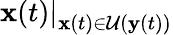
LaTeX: \left.\mathbf{x}(t)\right|_{\mathbf{x}(t)\in\mathcal{U}(\mathbf{y}(t))}